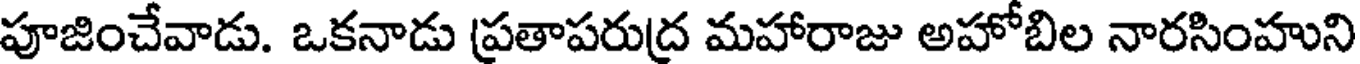
పూజించేవాడు. ఒకనాడు ప్రతాపరుద్ర మహారాజు అహోబిల నారసింహుని